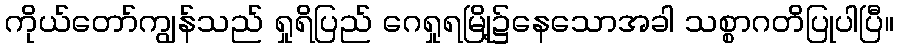
ကိုယ်တော်ကျွန်သည် ရှုရိပြည် ဂေရှုရမြို့၌နေသောအခါ သစ္စာဂတိပြုပါပြီ။